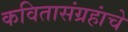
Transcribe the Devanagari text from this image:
कवितासंग्रहांचे